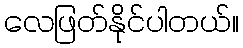
လေဖြတ်နိုင်ပါတယ်။